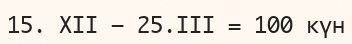
15. ХІІ – 25.ІІІ = 100 күн